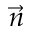
\vec { n }